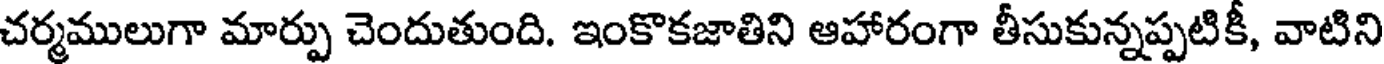
చర్మములుగా మార్పు చెందుతుంది. ఇంకొకజాతిని ఆహారంగా తీసుకున్నప్పటికీ, వాటిని